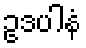
ဥဒပါနံ